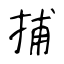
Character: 捕